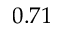
0 . 7 1